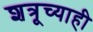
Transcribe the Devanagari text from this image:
शत्रूच्याही